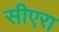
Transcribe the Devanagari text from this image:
सीएरा